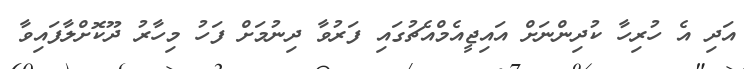
އަދި އެ ހުރިހާ ކުދިންނަށް އައިޖީއެމްއެޗުގައި ފަރުވާ ދިނުމަށް ފަހު މިހާރު ދޫކޮށްލާފައިވާ